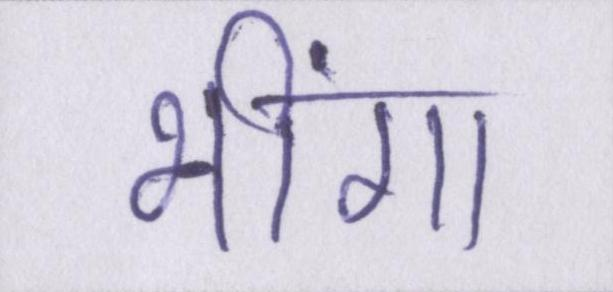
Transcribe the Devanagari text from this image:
भींगा